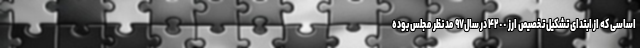
اساسی که از ابتدای تشکیل تخصیص ارز ۴٢٠٠ در سال٩٧ مد نظر مجلس بوده